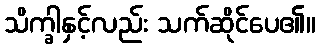
သိက္ခါနှင့်လည်း သက်ဆိုင်ပေ၏။